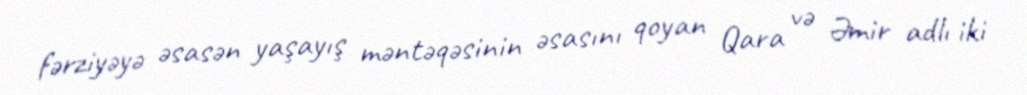
fərziyəyə əsasən yaşayış məntəqəsinin əsasını qoyan Qara və Əmir adlı iki